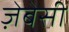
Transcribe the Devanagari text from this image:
ज़ेबेसी